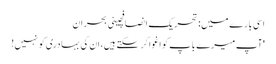
اسی بارے میں: تحریک انصافچینی بحران
'آپ میرے باپ کو اغوا کر سکتے ہیں، ان کی بہادری کو نہیں!